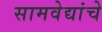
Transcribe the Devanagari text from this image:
सामवेद्यांचे